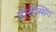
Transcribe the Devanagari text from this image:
प्रोसेस्सिंग